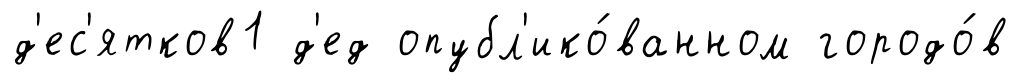
д'ес'ятков1 д'ед опубл'ико́ванном городо́в